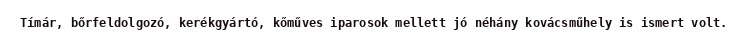
Tímár, bőrfeldolgozó, kerékgyártó, kőműves iparosok mellett jó néhány kovácsműhely is ismert volt.